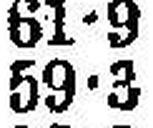
59•3